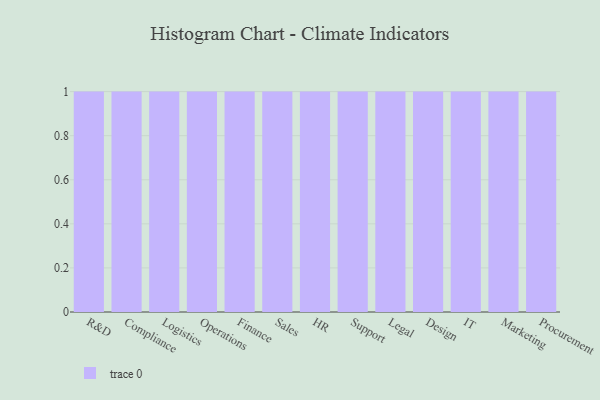
{"axis": {"x": "Department", "y": "Satisfaction Score"}, "legend": [""], "data": [{"x": "R&D", "y": 92, "type": ""}, {"x": "Compliance", "y": 14, "type": ""}, {"x": "Logistics", "y": 21, "type": ""}, {"x": "Operations", "y": 48, "type": ""}, {"x": "Finance", "y": 15, "type": ""}, {"x": "Sales", "y": 98, "type": ""}, {"x": "HR", "y": 52, "type": ""}, {"x": "Support", "y": 77, "type": ""}, {"x": "Legal", "y": 72, "type": ""}, {"x": "Design", "y": 10, "type": ""}, {"x": "IT", "y": 52, "type": ""}, {"x": "Marketing", "y": 13, "type": ""}, {"x": "Procurement", "y": 23, "type": ""}]}